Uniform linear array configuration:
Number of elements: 24
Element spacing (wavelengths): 0.75
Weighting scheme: uniform
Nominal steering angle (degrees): -15
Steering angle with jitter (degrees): -14.224
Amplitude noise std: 0.05
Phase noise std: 0.05

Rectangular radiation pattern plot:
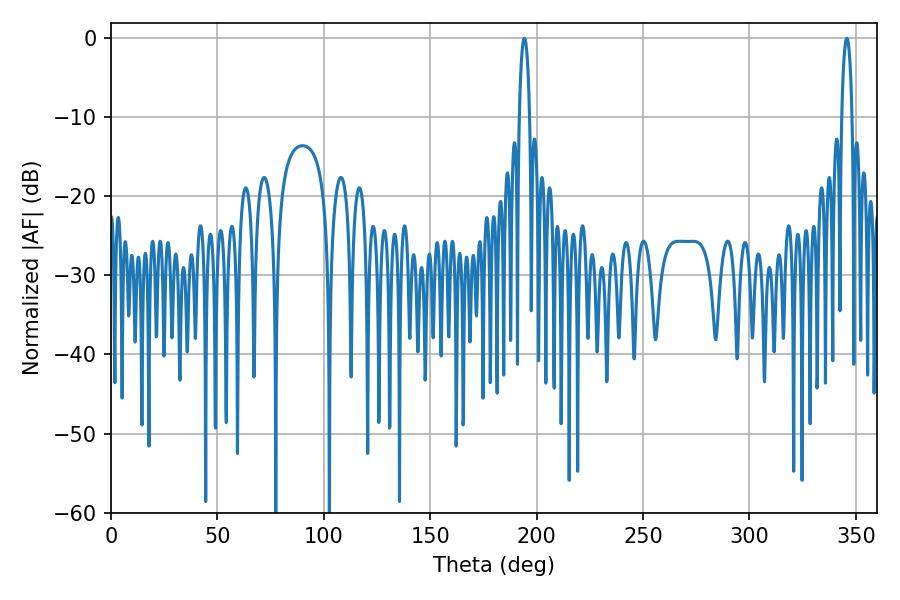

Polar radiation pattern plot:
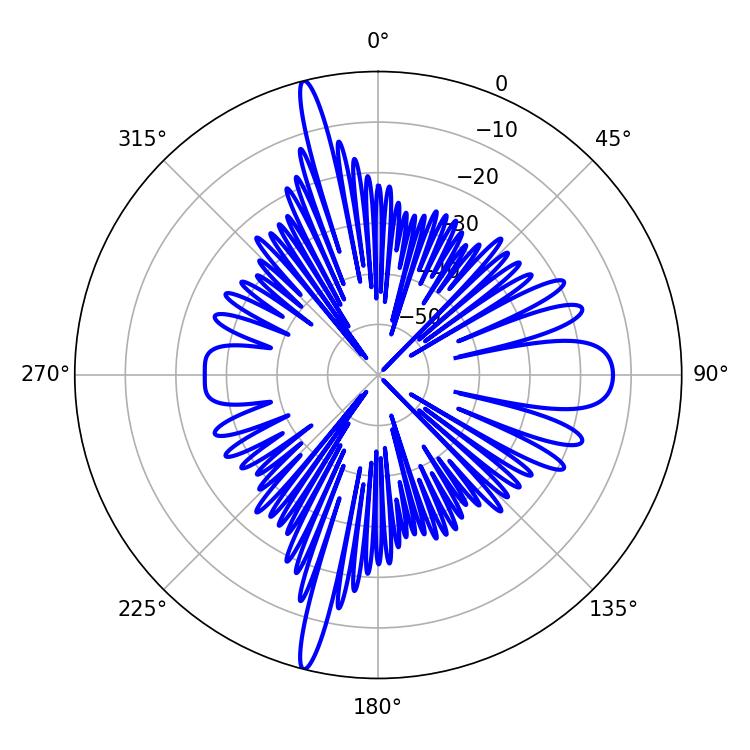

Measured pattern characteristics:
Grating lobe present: TRUE
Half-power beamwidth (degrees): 2.7
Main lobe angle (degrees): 194.22